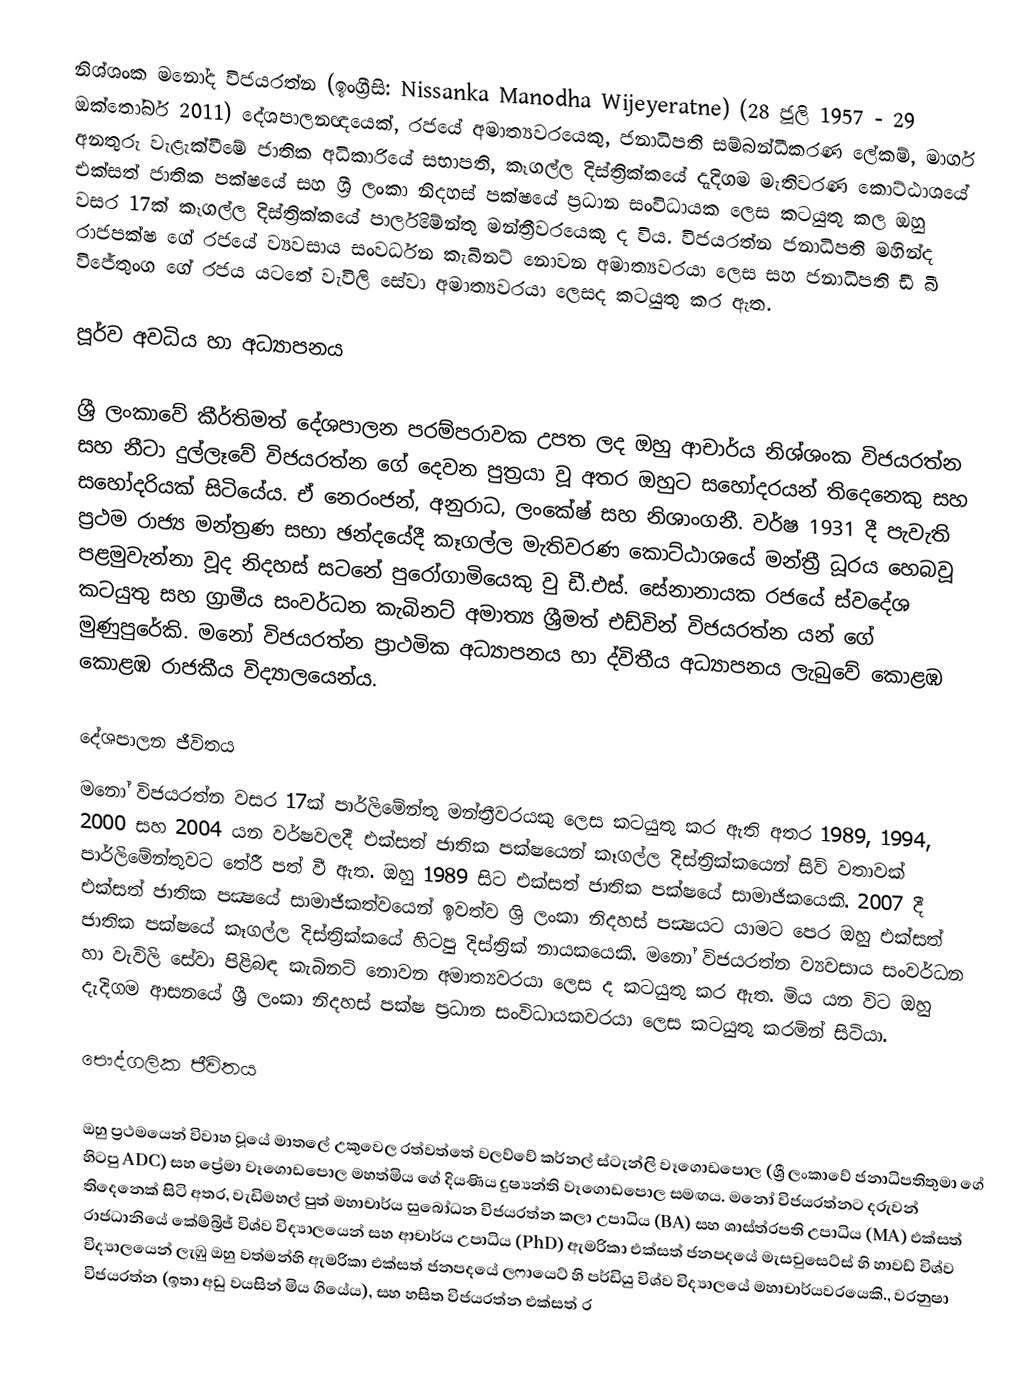
නිශ්ශංක මනෝද විජයරත්න  (ඉංග්‍රීසි:  Nissanka Manodha Wijeyeratne) (28 ජූලි 1957 - 29 ඔක්තෝබර් 2011) දේශපාලනඥයෙක්, රජයේ අමාත්‍යවරයෙකු, ජනාධිපති සම්බන්ධීකරණ ලේකම්, මාර්ග අනතුරු වැළැක්වීමේ ජාතික අධිකාරියේ සභාපති, කෑගල්ල දිස්ත්‍රික්කයේ දැදිගම මැතිවරණ කොට්ඨාශයේ එක්සත් ජාතික පක්ෂයේ සහ ශ්‍රී ලංකා නිදහස් පක්ෂයේ ප්‍රධාන සංවිධායක ලෙස කටයුතු කල ඔහු වසර 17ක් කෑගල්ල දිස්ත්‍රික්කයේ පාර්ලිමේන්තු මන්ත්‍රීවරයෙකු ද විය. විජයරත්න ජනාධිපති මහින්ද රාජපක්ෂ ගේ රජයේ ව්‍යවසාය සංවර්ධන කැබිනට් නොවන අමාත්‍යවරයා ලෙස සහ ජනාධිපති ඩී බී විජේතුංග ගේ රජය යටතේ වැවිලි සේවා අමාත්‍යවරයා ලෙසද කටයුතු කර ඇත.

පූර්ව අවධිය හා අධ්‍යාපනය

ශ්‍රී ලංකාවේ  කීර්තිමත් දේශපාලන පරම්පරාවක උපත ලද ඔහු ආචාර්ය නිශ්ශංක විජයරත්න සහ නීටා දුල්ලෑවේ විජයරත්න ගේ දෙවන පුත්‍රයා වූ අතර ඔහුට සහෝදරයන් තිදෙනෙකු සහ සහෝදරියක් සිටියේය. ඒ නෙරංජන්, අනුරාධ, ලංකේෂ් සහ නිශාංගනී. වර්ෂ 1931 දී පැවැති ප්‍රථම රාජ්‍ය මන්ත්‍රණ සභා ඡන්දයේදී කෑගල්ල මැතිවරණ කොට්ඨාශයේ මන්ත්‍රී ධූරය හෙබවූ පළමුවැන්නා වූද නිදහස් සටනේ පුරෝගාමියෙකු වු ඩී.එස්. සේනානායක රජයේ ස්වදේශ කටයුතු සහ ග්‍රාමීය සංවර්ධන කැබිනට් අමාත්‍ය ශ්‍රීමත් එඩ්වින් විජයරත්න යන් ගේ මුණුපුරේකි.  මනෝ විජයරත්න ප්‍රාථමික අධ්‍යාපනය හා ද්විතීය අධ්‍යාපනය ලැබුවේ කොළඹ කොළඹ රාජකීය විද්‍යාලයෙන්ය.

දේශපාලන ජීවිතය
මනෝ විජයරත්න වසර 17ක් පාර්ලිමේන්තු මන්ත්‍රීවරයකු ලෙස කටයුතු කර ඇති අතර 1989, 1994, 2000 සහ 2004 යන වර්ෂවලදී එක්සත් ජාතික පක්ෂයෙන් කෑගල්ල දිස්ත්‍රික්කයෙන් සිව් වතාවක් පාර්ලිමේන්තුවට තේරී පත් වී ඇත. ඔහු 1989 සිට එක්සත් ජාතික පක්ෂයේ සාමාජිකයෙකි. 2007 දී එක්සත් ජාතික පක්‍ෂයේ සාමාජිකත්වයෙන් ඉවත්ව ශ්‍රි ලංකා නිදහස් පක්‍ෂයට  යාමට පෙර ඔහු එක්සත් ජාතික පක්ෂයේ කෑගල්ල දිස්ත්‍රික්කයේ හිටපු දිස්ත්‍රික් නායකයෙකි. මනෝ විජයරත්න ව්‍යවසාය සංවර්ධන හා වැවිලි සේවා පිළිබඳ කැබිනට් නොවන අමාත්‍යවරයා ලෙස ද කටයුතු කර ඇත. මිය යන විට ඔහු දැදිගම ආසනයේ ශ්‍රී ලංකා නිදහස් පක්ෂ ප්‍රධාන සංවිධායකවරයා ලෙස කටයුතු කරමින් සිටියා.

පෞද්ගලික ජීවිතය

ඔහු ප්‍රථමයෙන් විවාහ වූයේ මාතලේ උකුවෙල රත්වත්තේ වලව්වේ කර්නල් ස්ටැන්ලි වෑගොඩපොල (ශ්‍රී ලංකාවේ ජනාධිපතිතුමා ගේ හිටපු ADC) සහ ප්‍රේමා වෑගොඩපොල මහත්මිය ගේ දියණිය දුෂ්‍යන්ති වෑගොඩපොල සමඟය. මනෝ විජයරත්නට දරුවන් තිදෙනෙක් සිටි අතර, වැඩිමහල් පුත් මහාචාර්ය සුබෝධන විජයරත්න  කලා උපාධිය (BA) සහ ශාස්ත්රපති උපාධිය (MA) එක්සත් රාජධානියේ කේම්බ්‍රිජ් විශ්ව විද්‍යාලයෙන් සහ ආචාර්ය උපාධිය (PhD) ඇමරිකා එක්සත් ජනපදයේ මැසචුසෙට්ස් හි හාවඩ් විශ්ව විද්‍යාලයෙන් ලැඹු ඔහු වත්මන්හි ඇමරිකා එක්සත් ජනපදයේ ලෆායෙට් හි පර්ඩියු විශ්ව විද්‍යාලයේ මහාචාර්යවරයෙකි., වරනුෂා විජයරත්න (ඉතා අඩු වයසින් මිය ගියේය), සහ හසිත විජයරත්න එක්සත් ර